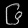
Digit: ၆